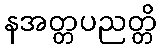
နအတ္တပညတ္တိ